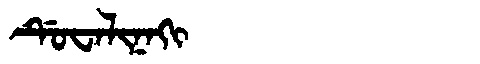
Manchu: ᡩᡠᠸᠠᠯᡳᠨᠠᡴᡳ
Romanization: DUWALINAKI